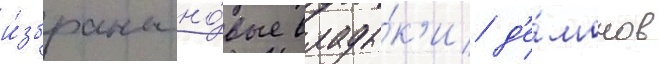
и́збраны но́вые влады́к'и д'е́монов